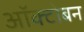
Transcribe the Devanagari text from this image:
ऑक्टोबन